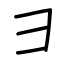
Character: ⺕